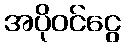
အပိုဝင်ငွေ